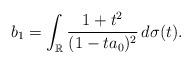
LaTeX: \begin{align*}b_{1}=\int_{\mathbb{R}}\frac{1+t^{2}}{(1-ta_{0})^{2}}\,d\sigma(t).\end{align*}